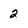
Character: 2